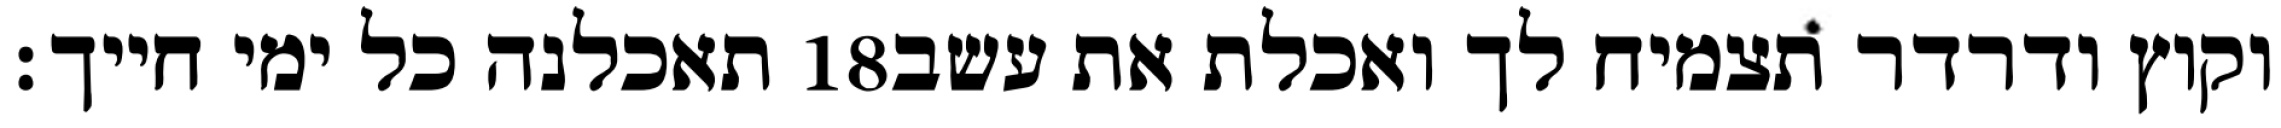
תאכלנה כל ימי חייך׃ ‎18‏ וקוץ ודרדר תצמיח לך ואכלת את עשב